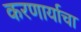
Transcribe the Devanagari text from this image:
करणार्याचा